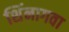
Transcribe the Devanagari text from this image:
शिंनागवा